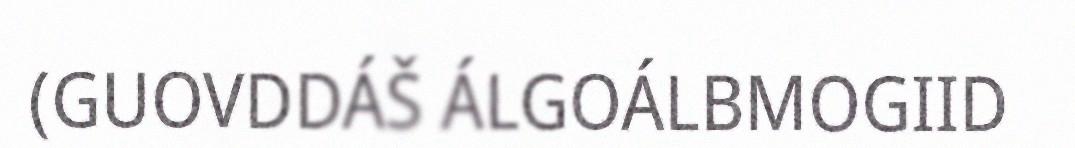
(GUOVDDÁŠ ÁLGOÁLBMOGIID